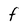
Character: F